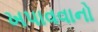
ખપાવવાનો